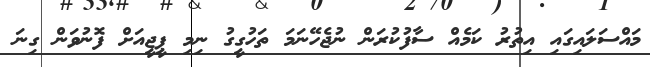
މައްސަލައިގައި އިތުރު ކަމެއް ސާފުކުރަން ނުޖެހޭނަމަ ތަހުގީގު ނިމި ޕީޖީއަށް ފޮނުވަން ގިނަ